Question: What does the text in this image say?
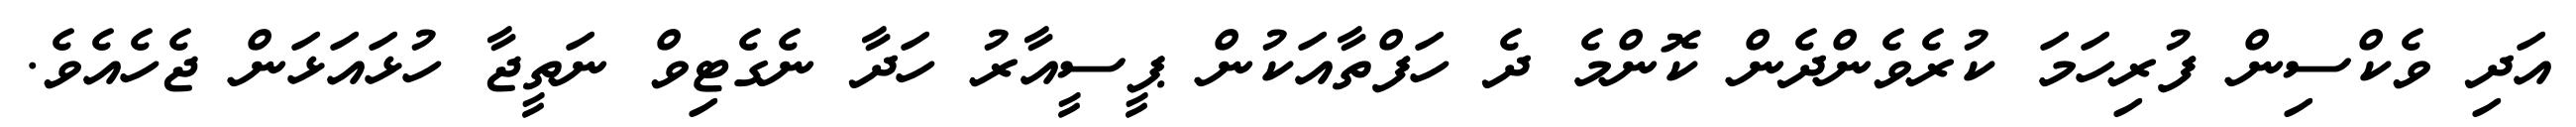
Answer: އަދި ވެކްސިން ފުރިހަމަ ކުރެވެންދެން ކޮންމެ ދެ ހަފްތާއަކުން ޕީސީއާރު ހަދާ ނެގެޓިވް ނަތީޖާ ހުޅައަޅަން ޖެހެއެވެ.